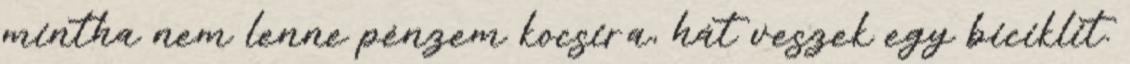
mintha nem lenne pénzem kocsira, hát veszek egy biciklit.